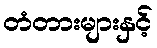
တံတားများနှင့်